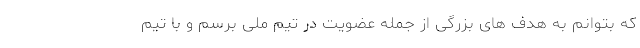
که بتوانم به هدف های بزرگی از جمله عضویت در تیم ملی برسم و با تیم